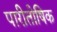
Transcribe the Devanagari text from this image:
पारीतोषिक